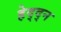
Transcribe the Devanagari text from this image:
हेद्द्न